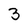
Character: 3